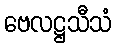
ဗေလဋ္ဌသီသံ